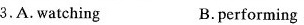
3,A.Watching B.performing